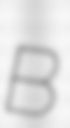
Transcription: B